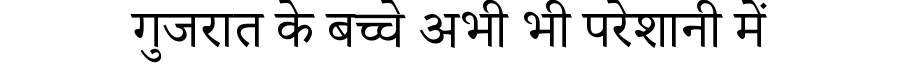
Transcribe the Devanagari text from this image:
गुजरात के बच्चे अभी भी परेशानी में